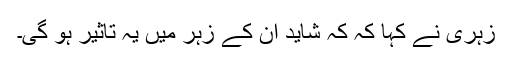
زہری نے کہا کہ کہ شاید ان کے زہر میں یہ تاثیر ہو گی۔